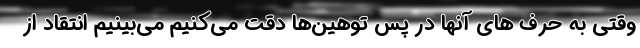
وقتی به حرف های آنها در پس توهین‌ها دقت می‌کنیم می‌بینیم انتقاد از